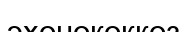
эхонококкоз